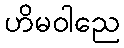
ဟိမဝါညေ